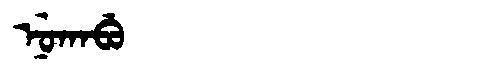
Manchu: ᠨᡠᡴᠠᠪᡠ
Romanization: NUKABU